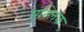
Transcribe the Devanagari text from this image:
मुस्लिक